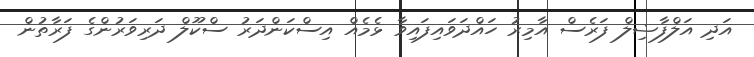
އަދި އަލްފާޟިލް ފަރެސް އާމިރު ހައްދަވައިފައިވާ ޅެމެއް އިސްކަންދަރު ސްކޫލް ދަރިވަރުންގެ ފަރާތުން